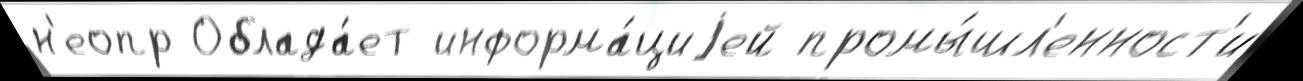
н'еопр Облада́ет информа́циjей промы́шл'енност'и